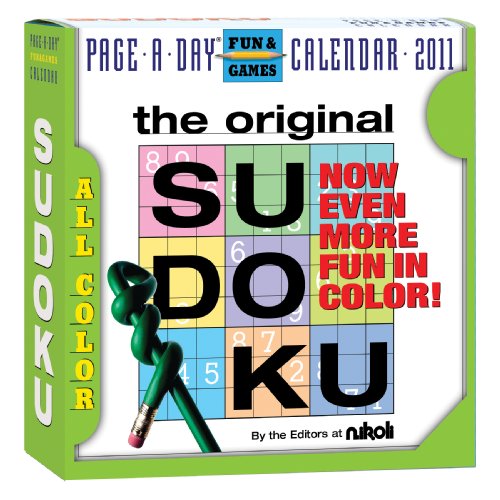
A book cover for Original Sudoku Calendar 2011; Nikoli Publishing; Calendars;